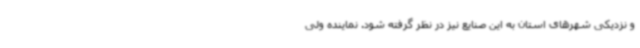
و نزدیکی شهرهای استان به این صنایع نیز در نظر گرفته شود. نماینده ولی